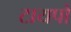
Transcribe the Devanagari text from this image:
टायपो